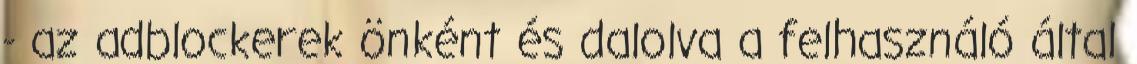
- az adblockerek önként és dalolva a felhasználó által